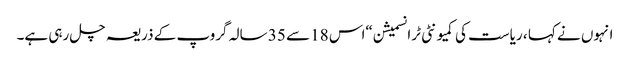
انہوں نے کہا ، ریاست کی کمیونٹی ٹرانسمیشن “اس 18 سے 35 سالہ گروپ کے ذریعہ چل رہی ہے۔